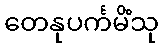
တေနုပင်္ကမိံသု